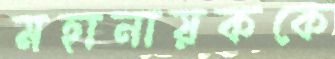
মহানায়ককে